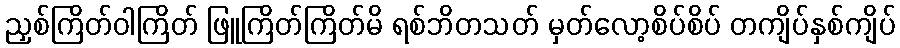
ညှစ်ကြိတ်ဝါကြိတ် ဖြူကြိတ်ကြိတ်မိ ရစ်ဘိတသတ် မှတ်လော့စိပ်စိပ် တကျိပ်နှစ်ကျိပ်